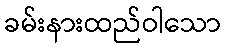
ခမ်းနားထည်ဝါသော